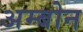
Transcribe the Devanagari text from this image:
अम्बोन